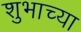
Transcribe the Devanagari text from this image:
शुभाच्या